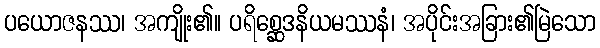
ပယောဇနဿ၊ အကျိုး၏။ ပရိစ္ဆေဒနိယမဿနံ၊ အပိုင်းအခြား၏မြဲသော